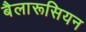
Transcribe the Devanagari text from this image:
बैलारूसियन